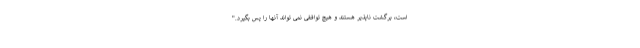
است، برگشت ناپذیر هستند و هیچ توافقی نمی تواند آنها را پس بگیرد."